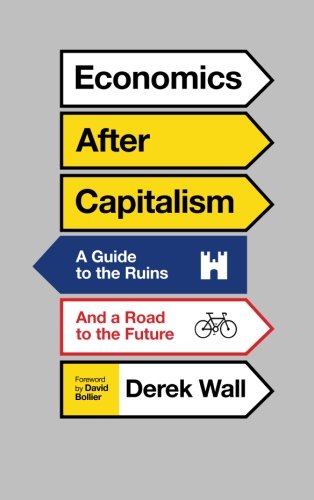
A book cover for Economics After Capitalism: A Guide to the Ruins and a Road to the Future; Derek Wall; Business & Money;